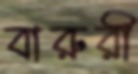
বারুরী